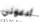
ادعوني